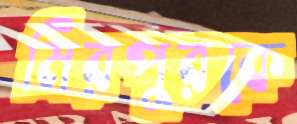
মিরপুরকে